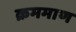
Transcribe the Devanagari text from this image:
क्रममाण